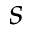
s